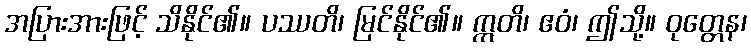
အပြားအားဖြင့် သိနိုင်၏။ ပဿတိ၊ မြင်နိုင်၏။ ဣတိ၊ ဧဝံ၊ ဤသို့။ ဝုတ္တေန၊